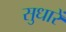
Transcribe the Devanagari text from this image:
सुधारें